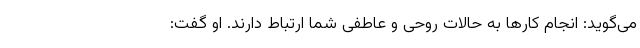
می‌گوید: انجام کارها به حالات روحی و عاطفی شما ارتباط دارند. او گفت: